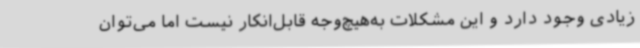
زیادی وجود دارد و این مشکلات به‌هیچ‌وجه قابل‌انکار نیست اما می‌توان